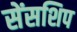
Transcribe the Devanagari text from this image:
सेंसशिप